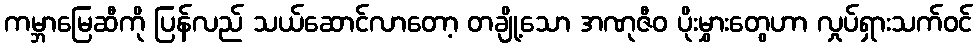
ကမ္ဘာမြေဆီကို ပြန်လည် သယ်ဆောင်လာတော့ တချို့သော အဏုဇီဝ ပိုးမွှားတွေဟာ လှုပ်ရှားသက်ဝင်